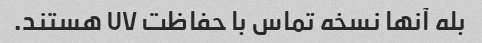
بله آنها نسخه تماس با حفاظت UV هستند.